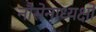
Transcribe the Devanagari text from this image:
नौसेनाध्यक्षों